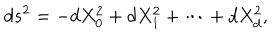
d s ^ { 2 } = - d X _ { 0 } ^ { 2 } + d X _ { 1 } ^ { 2 } + \cdots + d X _ { d } ^ { 2 } ,